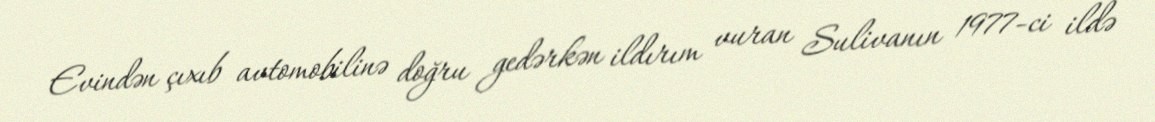
Evindən çıxıb avtomobilinə doğru gedərkən ildırım vuran Sulivanın 1977-ci ildə